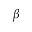
\beta